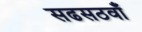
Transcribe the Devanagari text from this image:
सढसठवाँ